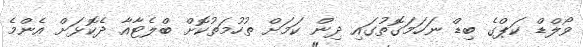
ވޯލްޑް ކަޕްގެ ބިޑް ނަހަމަގޮތުގައި ދިން ކަމަށް ތުހުމަތުކޮށް ބްލެޓާއާ ދެކޮޅަށް އެންމެ